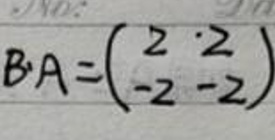
\[
B\cdot A = \begin{pmatrix}
2 & 2 \\
-2 & -2
\end{pmatrix}
\]